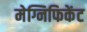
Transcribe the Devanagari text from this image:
मेग्निफिकेंट